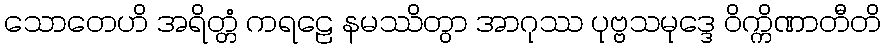
သောတေဟိ အရိတ္တံ ကရဠေ နမဿိတွာ အာဂုဿ ပုဗ္ဗသမုဒ္ဒေ ဝိက္ကိဏာတီတိ